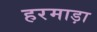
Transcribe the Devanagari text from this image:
हरमाड़ा